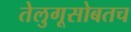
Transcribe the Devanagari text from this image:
तेलुगूसोबतच